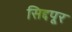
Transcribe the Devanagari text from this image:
सिद्दपूर